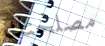
مصلحتك